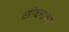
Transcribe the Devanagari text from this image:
स्त्रीधनावर